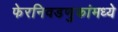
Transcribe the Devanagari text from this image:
फेरनिवडणुकांमध्ये